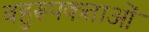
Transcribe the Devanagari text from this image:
बहुरूपकताओं